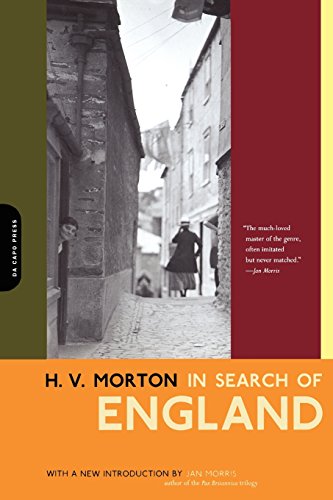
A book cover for In Search Of England; H. V. Morton; Travel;